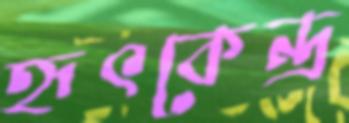
হৃৎকেন্দ্র